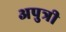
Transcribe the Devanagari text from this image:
अपुत्री